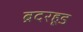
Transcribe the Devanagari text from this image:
ब्रदरहूड